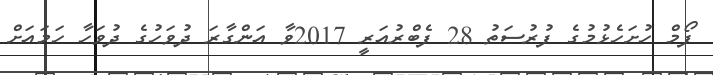
ފޯމް ހުށަހެޅުމުގެ ފުރުސަތު 28 ފެބްރުއަރީ 2017ވާ އަންގާރަ ދުވަހުގެ ދުވަހާ ހަމައަށް